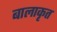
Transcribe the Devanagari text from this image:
बालाकृत